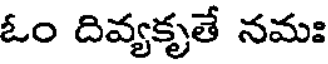
ఓం దివ్యకృతే నమః